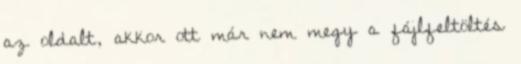
az oldalt, akkor ott már nem megy a fájlfeltöltés